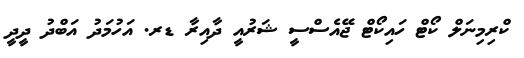
ކްރިމިނަލް ކޯޓް ހައިކޯޓް ޖޭއެސްސީ ޝަރުއީ ދާއިރާ ޑރ. އަހުމަދު އަބްދު ދީދީ